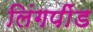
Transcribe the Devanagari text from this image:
लिंगपींड